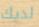
لديك